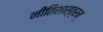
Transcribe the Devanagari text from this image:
नीतिशास्त्रम्‌